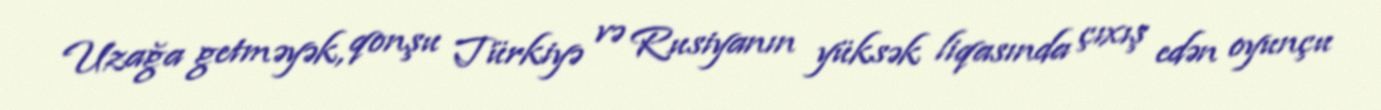
Uzağa getməyək, qonşu Türkiyə və Rusiyanın yüksək liqasında çıxış edən oyunçu